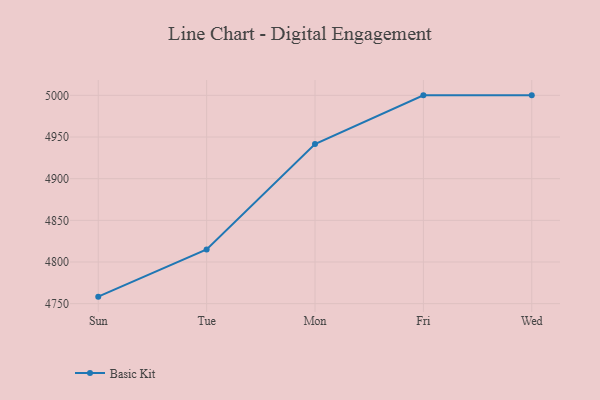
{"axis": {"x": "Day", "y": "LTV (USD)"}, "legend": ["Basic Kit"], "data": [{"x": "Sun", "y": 4758.4, "type": "Basic Kit"}, {"x": "Tue", "y": 4815.1, "type": "Basic Kit"}, {"x": "Mon", "y": 4941.5, "type": "Basic Kit"}, {"x": "Fri", "y": 5000, "type": "Basic Kit"}, {"x": "Wed", "y": 5000, "type": "Basic Kit"}]}